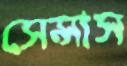
সেন্সাস